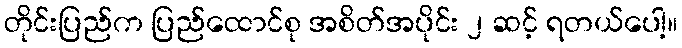
တိုင်းပြည်က ပြည်ထောင်စု အစိတ်အပိုင်း ၂ ဆင့် ရတယ်ပေါ့။